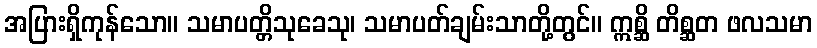
အပြားရှိကုန်သော။ သမာပတ္တိသုခေသု၊ သမာပတ်ချမ်းသာတို့တွင်။ ဣစ္ဆိ တိစ္ဆတ ဖလသမာ